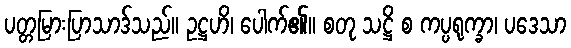
ပတ္တမြားပြာသာဒ်သည်။ ဥဋ္ဌဟိ၊ ပေါက်၏။ စတု သဋ္ဌိ စ ကပ္ပရုက္ခာ၊ ပဒေသာ